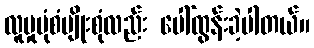
လူမှုပုံစံမျိုးစုံလည်း ပေါ်ထွန်းခဲ့ပါတယ်။